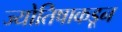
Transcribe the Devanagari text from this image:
ज्योतिषाकडून